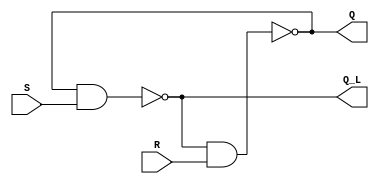
`timescale 1ns / 1ps
//////////////////////////////////////////////////////////////////////////////////
// Company: 
// Engineer: 
// 
// Design Name: 
// Module Name:    jkff 
// Project Name: 
// Target Devices: 
// Tool versions: 
// Description: 
//
// Dependencies: 
//
// Revision: 
// Revision 0.01 - File Created
// Additional Comments: 
//
//////////////////////////////////////////////////////////////////////////////////
module latch(
	input R,
	input S,
	output Q,
	output Q_L
	);
	
	assign #5 Q = ~(Q_L & R);
	assign #5 Q_L = ~(Q & S);
	
endmodule

module jkff(
	input J,
	input CLK,
	input K,
	output Q,
	output Q_L
    );
	 
	 wire [1:0]tmp;
	 
	 assign #5 tmp[0] = ~(Q_L & J & CLK);
	 assign #5 tmp[1] = ~(Q & K & CLK);
	 
	 latch L_0(.R(tmp[0]), .S(tmp[1]), .Q(Q), .Q_L(Q_L));

endmodule